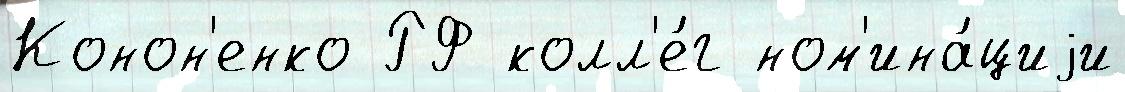
Конон'енко РФ колл'е́г ном'ина́циjи